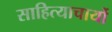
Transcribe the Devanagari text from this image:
साहित्याचार्यो